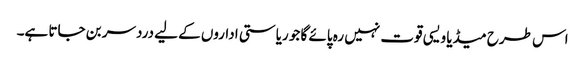
اس طرح میڈیا ویسی قوت نہیں رہ پائے گا جو ریاستی اداروں کے لیے دردسر بن جاتا ہے۔